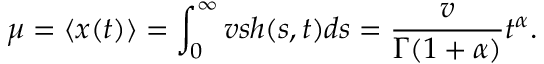
\mu = \langle x ( t ) \rangle = \int _ { 0 } ^ { \infty } v s h ( s , t ) d s = \frac { v } { \Gamma ( 1 + \alpha ) } t ^ { \alpha } .